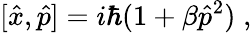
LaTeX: [\hat{x},\hat{p}]=i\hbar(1+\beta\hat{p}^{2})\; ,